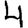
Digit: 4